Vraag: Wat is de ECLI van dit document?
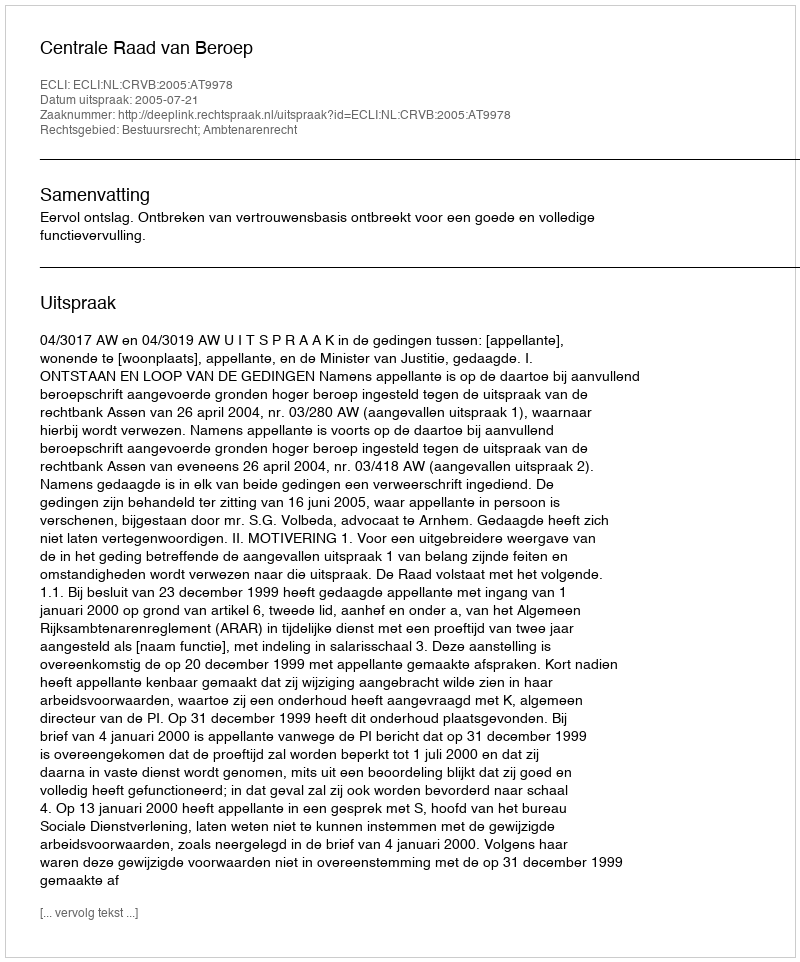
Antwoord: ECLI:NL:CRVB:2005:AT9978